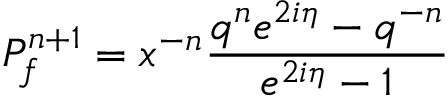
P _ { f } ^ { n + 1 } = x ^ { - n } \frac { q ^ { n } e ^ { 2 i \eta } - q ^ { - n } } { e ^ { 2 i \eta } - 1 }